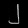
Digit: ၂